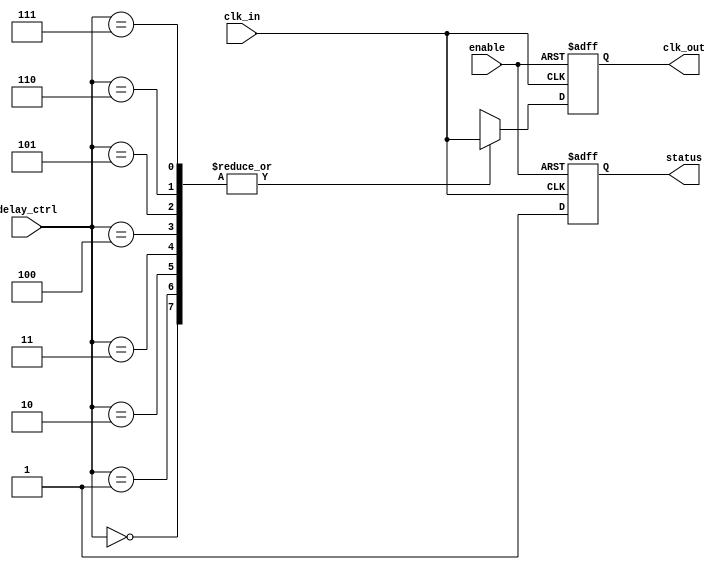
module DelayClockBuffer (
    input wire clk_in,          // Clock input
    input wire [2:0] delay_ctrl, // Delay control signal (3 bits for up to 8 delay settings)
    input wire enable,          // Enable signal
    output reg clk_out,         // Delayed clock output
    output reg status           // Status signal
);

// Parameters for delay - these would depend on your actual delay elements
parameter DELAY_0 = 0;  // No delay
parameter DELAY_1 = 1;  // 1 time unit delay
parameter DELAY_2 = 2;  // 2 time units delay
parameter DELAY_3 = 3;  // 3 time units delay
parameter DELAY_4 = 4;  // 4 time units delay
parameter DELAY_5 = 5;  // 5 time units delay
parameter DELAY_6 = 6;  // 6 time units delay
parameter DELAY_7 = 7;  // 7 time units delay

// Internal signal to hold the delayed clock
reg [7:0] delay_chain [0:7];  // Array of delay stages
integer i;

// Create a delay chain based on delay_ctrl
always @(posedge clk_in or negedge enable) begin
    if (!enable) begin
        clk_out <= 0; // Hold output clock low when disabled
        status <= 0;   // Set status to disabled
    end else begin
        status <= 1;   // Set status to enabled
        clk_out <= clk_in; // Default assignment

        // Apply programmable delay based on delay_ctrl
        case (delay_ctrl)
            3'b000: clk_out <= clk_in; // No delay
            3'b001: begin
                #DELAY_1 clk_out <= clk_in; // 1 time unit delay
            end
            3'b010: begin
                #DELAY_2 clk_out <= clk_in; // 2 time units delay
            end
            3'b011: begin
                #DELAY_3 clk_out <= clk_in; // 3 time units delay
            end
            3'b100: begin
                #DELAY_4 clk_out <= clk_in; // 4 time units delay
            end
            3'b101: begin
                #DELAY_5 clk_out <= clk_in; // 5 time units delay
            end
            3'b110: begin
                #DELAY_6 clk_out <= clk_in; // 6 time units delay
            end
            3'b111: begin
                #DELAY_7 clk_out <= clk_in; // 7 time units delay
            end
            default: clk_out <= clk_in; // Default case
        endcase
    end
end

endmodule